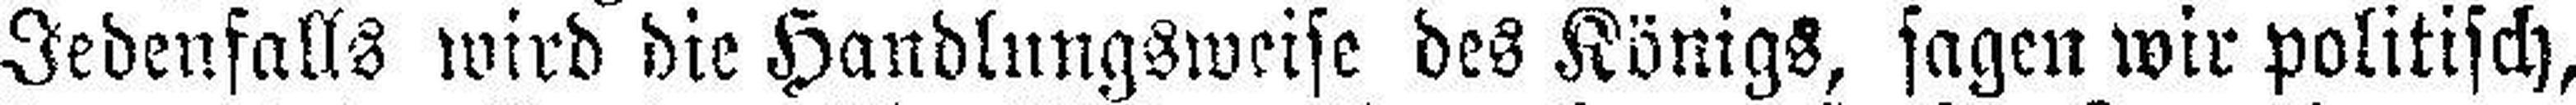
Jedenfalls wird die Handlungsweise des Königs, sagen wir politisch,